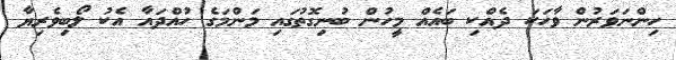
ހިންނަވަރުން ވާހަކަ ދެއްކި ބައެއް މީހުން ބުނިގޮތުގައި މަންމަގެ ހުއްދައާ އެކު ލޯބިވެރިޔާ